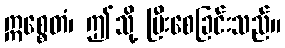
ဣစ္စေတံ၊ ဤသို့ ပြီးစေခြင်းသည်။